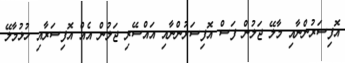
އޮފިސަރުންނާއި މާލޭ ޖަލުން ފަސް އޮފިސަރުންނާއި އައްސޭރި ޖަލުން އެއް އޮފިސަރާއި ހުޅުމާލޭ